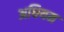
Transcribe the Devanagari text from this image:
अधियम